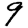
Digit: 9